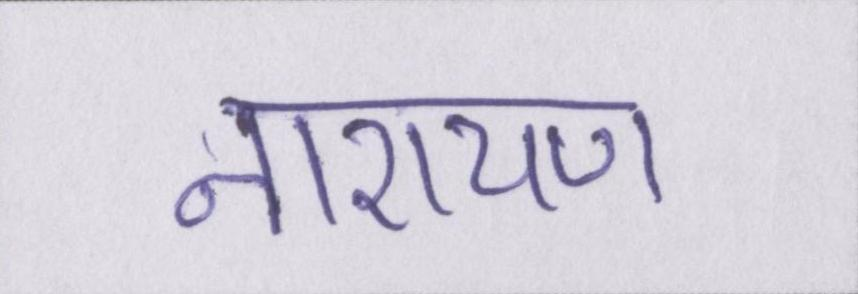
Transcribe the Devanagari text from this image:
नारायण